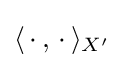
{\textstyle \langle \,\cdot \,,\,\cdot \,\rangle _{X^{\prime }}}